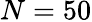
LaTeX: N=50